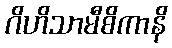
ဂိဟိသာမီစိကာနိ